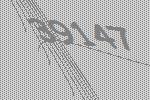
39147